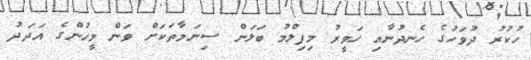
ހުކުރު ދުވަހުގެ ހެނދުނާއި ހަވީރު މިފިލްމު ބަލަން ސިނަމާތަކަށް ވަން މީހުންގެ އަދަދު